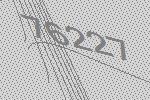
76227